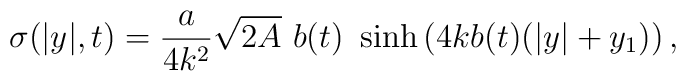
\sigma(|y|,t)=\frac{a}{4k^2}\sqrt{2A}~b(t)~ \sinh\left(4kb(t)(|y|+y_1)\right),